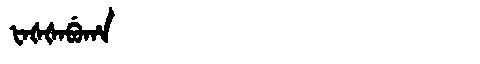
Manchu: ᡶᠠᡧᡧᠠᠪᡠᡥᠠ
Romanization: FAŠŠABUHA